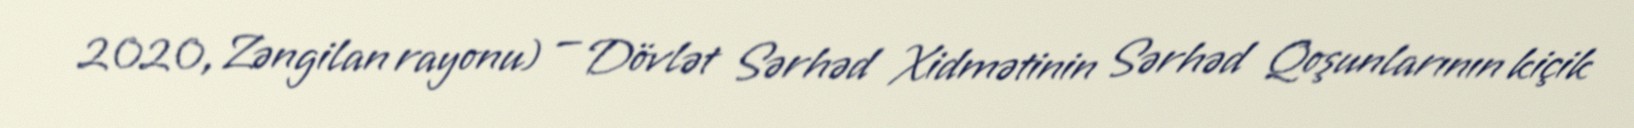
2020, Zəngilan rayonu) — Dövlət Sərhəd Xidmətinin Sərhəd Qoşunlarının kiçik